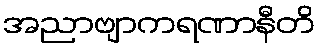
အညာဗျာကရဏာနီတိ